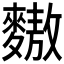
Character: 𪍮